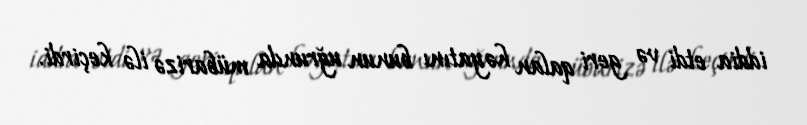
iddia etdi və geri qalan həyatını bunun uğrunda mübarizə ilə keçirdi.